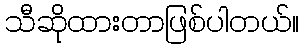
သီဆိုထားတာဖြစ်ပါတယ်။